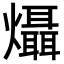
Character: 㸎